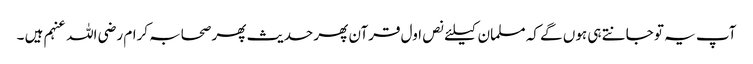
آپ یہ تو جانتے ہی ہوں گے کہ مسلمان کیلئے نص اول قرآن پھر حدیث پھر صحابہ کرام رضی اللہ عنہم ہیں ۔